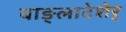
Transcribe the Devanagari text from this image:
बाङ्लादेशेर्